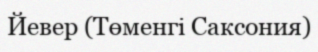
Йевер (Төменгі Саксония)